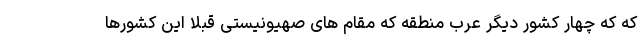
که که چهار کشور دیگر عرب منطقه که مقام های صهیونیستی قبلا این کشورها